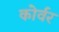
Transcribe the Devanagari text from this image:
कोर्वर